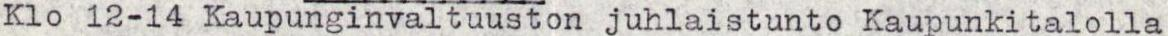
Klo 12-14 Kaupunginvaltuuston juhlaistunto Kaupunkitalolla